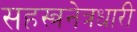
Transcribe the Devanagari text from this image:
सहस्त्रनेत्रधारी